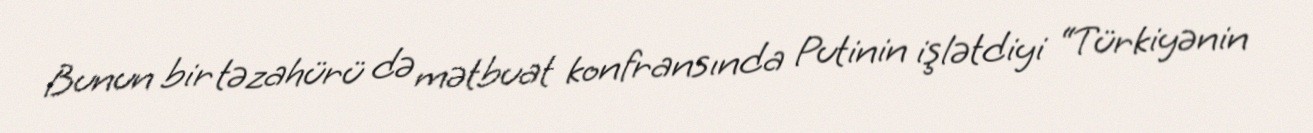
Bunun bir təzahürü də mətbuat konfransında Putinin işlətdiyi “Türkiyənin